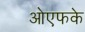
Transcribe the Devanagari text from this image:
ओएफके